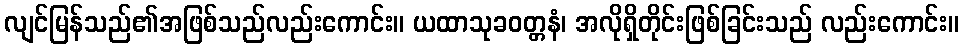
လျင်မြန်သည်၏အဖြစ်သည်လည်းကောင်း။ ယထာသုခဝတ္တနံ၊ အလိုရှိတိုင်းဖြစ်ခြင်းသည် လည်းကောင်း။